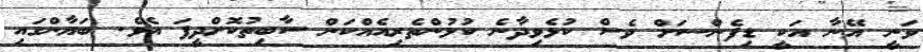
ވަނީ އޭނާ އަކީ ޑިފެންސަށް ވެސް ކުޅެވިދާނެ ކުޅުންތެރިއެއްކަން ސާބިތުކޮށްދީފަ އެވެ. ބަޔާންގައި